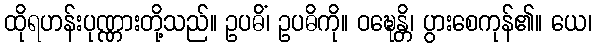
ထိုရဟန်းပုဏ္ဏားတို့သည်။ ဥပဓိံ၊ ဥပဓိကို။ ဝဍ္ဎေန္တိ၊ ပွားစေကုန်၏။ ယေ၊